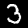
Digit: 3